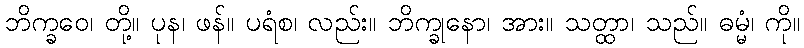
ဘိက္ခဝေ၊ တို့။ ပုန၊ ဖန်။ ပရံစ၊ လည်း။ ဘိက္ခုနော၊ အား။ သတ္ထာ၊ သည်။ ဓမ္မံ၊ ကို။